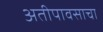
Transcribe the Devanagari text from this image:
अतीपावसाचा